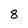
Character: 8